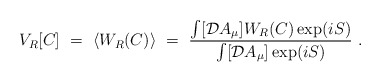
\begin{align*}V_R[C]~=~\langle W_R(C) \rangle ~=~{ \int [{\cal D}A_{\mu}] W_R(C) \exp (iS)\over \int [{\cal D}A_{\mu}] \exp (iS) }~. \end{align*}